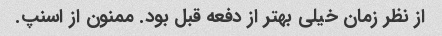
از نظر زمان خیلی بهتر از دفعه قبل بود. ممنون از اسنپ.